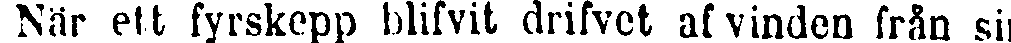
När ett fyrskepp blifvit drifvet af vinden från sin